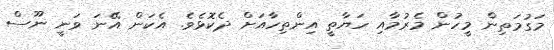
މަގުމަތިން މީހުން މެރުމާއި ހަޔާތީ އިންތިހާއަށް ދެކޮޅެވެ. އެކަން އޭނަ ވަނީ ނޫސް